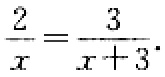
$\frac{2}{x}=\frac{3}{x + 3}$